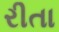
રીતા